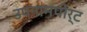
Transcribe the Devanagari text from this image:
उपनामपोर्ट